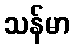
သန်မာ